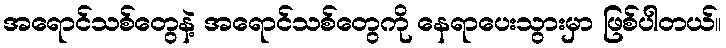
အရောင်သစ်တွေနဲ့ အရောင်သစ်တွေကို နေရာပေးသွားမှာ ဖြစ်ပါတယ်။